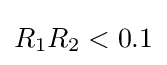
R_{1}R_{2}<0.1